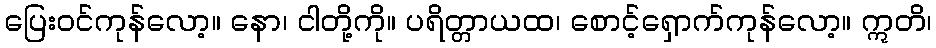
ပြေးဝင်ကုန်လော့။ နော၊ ငါတို့ကို။ ပရိတ္တာယထ၊ စောင့်ရှောက်ကုန်လော့။ ဣတိ၊